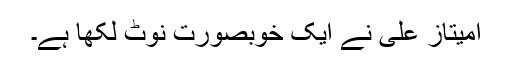
امیتاز علی نے ایک خوبصورت نوٹ لکھا ہے۔